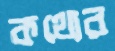
কথ্যের